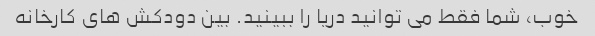
خوب، شما فقط می توانید دریا را ببینید. بین دودکش های کارخانه